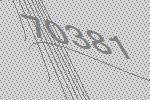
70381